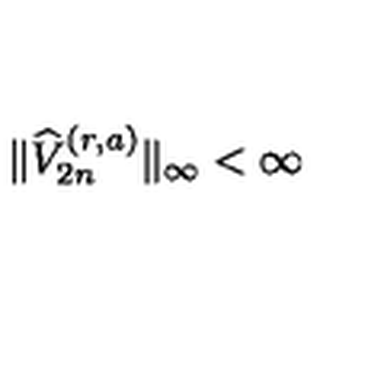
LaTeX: \| \widehat { V } _ { 2 n } ^ { ( r , a ) } \| _ { \infty } < \infty